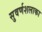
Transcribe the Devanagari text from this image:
सुवर्णशलाका